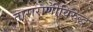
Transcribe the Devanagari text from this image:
ताराराणीविरुद्ध